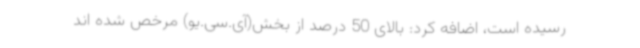
رسیده است، اضافه کرد: بالای 50 درصد از بخش(آی.سی.یو) مرخص شده اند